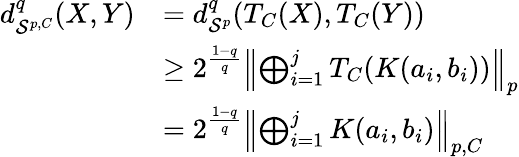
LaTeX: \begin{array}{rl}{d_{\mathcal{S}^{p,C}}^{q}(X,Y)}&{=d_{\mathcal{S}^{p}}^{q}(T_{C}(X),T_{C}(Y))}\\ &{\ge 2^{\frac{1-q}{q}}\textstyle{\left\| \bigoplus_{i=1}^{j}T_{C}(K(a_{i},b_{i}))\right\| _{p}}}\\ &{=2^{\frac{1-q}{q}}\textstyle{\left\| \bigoplus_{i=1}^{j}K(a_{i},b_{i})\right\| _{p,C}}}\end{array}